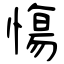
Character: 慯